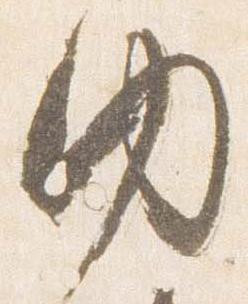
内